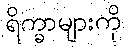
ရိက္ခာများကို